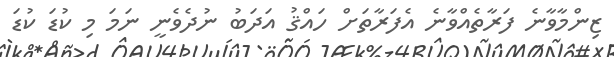
ޒިންމާވާނެ ފަރާތެއްވާނެ އެފަރާތަށް ހައްޤު އަދަބު ނުދެވެނީ ނަމަ މި ކުޑަ ކުޑަ